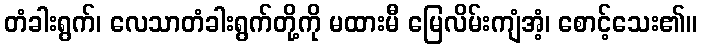
တံခါးရွက်၊ လေသာတံခါးရွက်တို့ကို မထားမီ မြေလိမ်းကျံအံ့၊ စောင့်သေး၏။